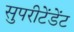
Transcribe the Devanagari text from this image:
सुपरीटेंडेंट